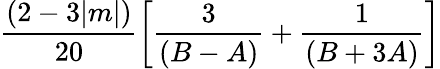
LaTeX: \frac{(2-3|m|)}{20}\left[\frac{3}{(B-A)}+\frac{1}{(B+3A)}\right]